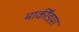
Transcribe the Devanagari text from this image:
मार्कींडय़ा